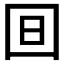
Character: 𣅍